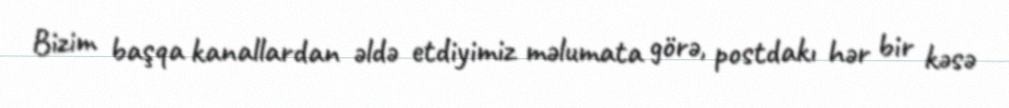
Bizim başqa kanallardan əldə etdiyimiz məlumata görə, postdakı hər bir kəsə